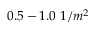
0 . 5 - 1 . 0 ~ 1 / m ^ { 2 }